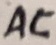
Text: AC